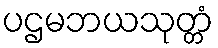
ပဌမဘယသုတ္တံ